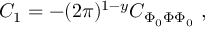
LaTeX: C _ { 1 } = - ( 2 \pi ) ^ { 1 - y } C _ { \Phi _ { 0 } \Phi \Phi _ { 0 } } \ ,